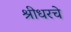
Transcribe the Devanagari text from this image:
श्रीधरचे